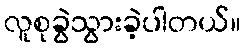
လူစုခွဲသွားခဲ့ပါတယ်။